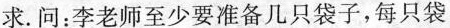
求.问：李老师至少要准备几只袋子，每只袋